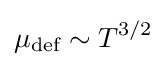
{\mu }_{\text{def}}\sim T^{3/2}